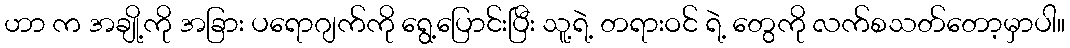
ဟာ က အချို့ကို အခြား ပရောဂျက်ကို ရွေ့ပြောင်းပြီး သူ့ရဲ့ တရားဝင် ရဲ့ တွေကို လက်စသတ်တော့မှာပါ။